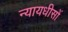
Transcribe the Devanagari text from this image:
न्यायधीसों